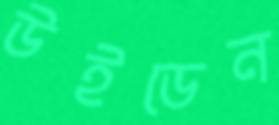
উইডেন